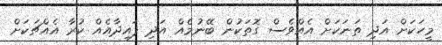
މީހަކަށް އަދި ތަނަކަށް އެއްވެސް ގޮތަކުން ބޭނުމެއް އަދި ފައިދާއެއް ކުރާ އެއްޗަކަށް